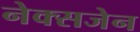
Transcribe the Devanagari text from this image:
नेक्सजेन